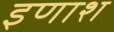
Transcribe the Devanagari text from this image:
इणाश